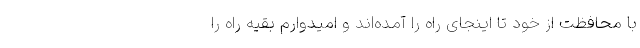
با محافظت از خود تا اینجای راه را آمده‌اند و امیدوارم بقیه راه را